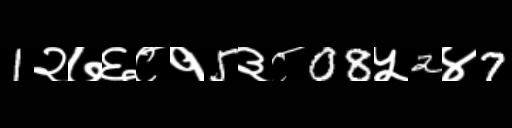
Text: 1२७६८१5३८08५2४7